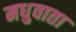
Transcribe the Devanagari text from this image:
मधुवाता